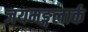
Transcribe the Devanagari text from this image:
जयमङ्गलार्क